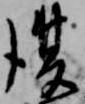
復